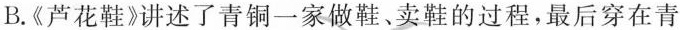
B.《芦花鞋》讲述了青铜一家做鞋、卖鞋的过程，最后穿在青